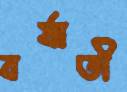
বর্ষাতী